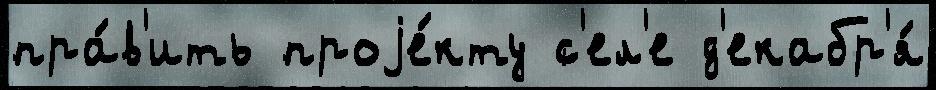
пра́в'ить проjе́кту с'ел'е д'екабр'я́